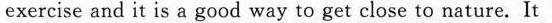
exercise and it is a good way to get close to nature. It